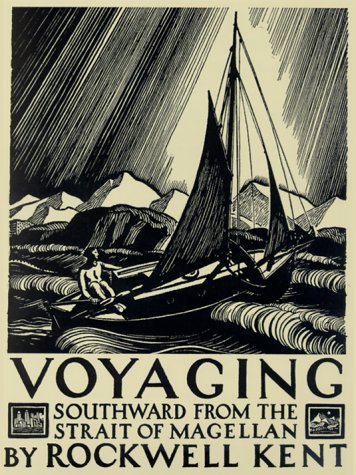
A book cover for Voyaging: Southward from the Strait of Magellan; Rockwell Kent; Travel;